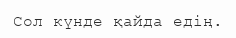
Сол күнде қайда едiң.